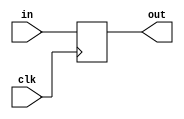
//============================================
//D Flip-Flop
//============================================
module DFF(clk,in,out);
	input          clk;
	input   in;
	output  out;
	reg     out;

	always @(posedge clk)
	out = in;
endmodule